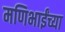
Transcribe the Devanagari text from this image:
मणिभाईंच्या